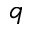
q